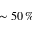
\sim 5 0 \, \%